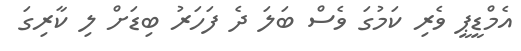
އެމްޑީޕީ ވެރި ކަމުގަ ވެސް ބަލަ ދެ ފަހަރު ބިޑަށް ލި ކާރިގަ